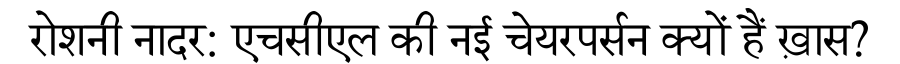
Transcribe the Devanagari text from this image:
रोशनी नादर: एचसीएल की नई चेयरपर्सन क्यों हैं ख़ास?